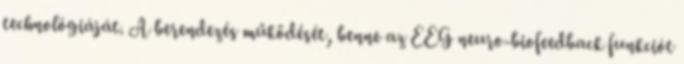
technológiáját. A berendezés működését, benne az EEG neuro-biofeedback funkciót